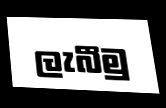
ලැබීමු